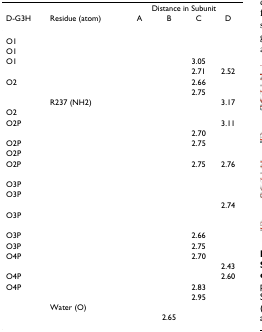
<table><thead><tr><td>[EMPTY_CELL]</td><td>[EMPTY_CELL]</td><td colspan="4"><b>Distance in Subunit</b></td></tr><tr><td><b>D-G3H</b></td><td><b>Residue (atom)</b></td><td><b>A</b></td><td><b>B</b></td><td><b>C</b></td><td><b>D</b></td></tr></thead><tbody><tr><td>O1</td><td>[EMPTY_CELL]</td><td>[EMPTY_CELL]</td><td>[EMPTY_CELL]</td><td>[EMPTY_CELL]</td><td>[EMPTY_CELL]</td></tr><tr><td>O1</td><td>[EMPTY_CELL]</td><td>[EMPTY_CELL]</td><td>[EMPTY_CELL]</td><td>[EMPTY_CELL]</td><td>[EMPTY_CELL]</td></tr><tr><td>O1</td><td>[EMPTY_CELL]</td><td>[EMPTY_CELL]</td><td>[EMPTY_CELL]</td><td>3.05</td><td>[EMPTY_CELL]</td></tr><tr><td>[EMPTY_CELL]</td><td>[EMPTY_CELL]</td><td>[EMPTY_CELL]</td><td>[EMPTY_CELL]</td><td>2.71</td><td>2.52</td></tr><tr><td>O2</td><td>[EMPTY_CELL]</td><td>[EMPTY_CELL]</td><td>[EMPTY_CELL]</td><td>2.66</td><td>[EMPTY_CELL]</td></tr><tr><td>[EMPTY_CELL]</td><td>[EMPTY_CELL]</td><td>[EMPTY_CELL]</td><td>[EMPTY_CELL]</td><td>2.75</td><td>[EMPTY_CELL]</td></tr><tr><td>[EMPTY_CELL]</td><td>R237 (NH2)</td><td>[EMPTY_CELL]</td><td>[EMPTY_CELL]</td><td>[EMPTY_CELL]</td><td>3.17</td></tr><tr><td>O2</td><td>[EMPTY_CELL]</td><td>[EMPTY_CELL]</td><td>[EMPTY_CELL]</td><td>[EMPTY_CELL]</td><td>[EMPTY_CELL]</td></tr><tr><td>O2P</td><td>[EMPTY_CELL]</td><td>[EMPTY_CELL]</td><td>[EMPTY_CELL]</td><td>[EMPTY_CELL]</td><td>3.11</td></tr><tr><td>[EMPTY_CELL]</td><td>[EMPTY_CELL]</td><td>[EMPTY_CELL]</td><td>[EMPTY_CELL]</td><td>2.70</td><td>[EMPTY_CELL]</td></tr><tr><td>O2P</td><td>[EMPTY_CELL]</td><td>[EMPTY_CELL]</td><td>[EMPTY_CELL]</td><td>2.75</td><td>[EMPTY_CELL]</td></tr><tr><td>O2P</td><td>[EMPTY_CELL]</td><td>[EMPTY_CELL]</td><td>[EMPTY_CELL]</td><td>[EMPTY_CELL]</td><td>[EMPTY_CELL]</td></tr><tr><td>O2P</td><td>[EMPTY_CELL]</td><td>[EMPTY_CELL]</td><td>[EMPTY_CELL]</td><td>2.75</td><td>2.76</td></tr><tr><td>[EMPTY_CELL]</td><td>[EMPTY_CELL]</td><td>[EMPTY_CELL]</td><td>[EMPTY_CELL]</td><td>[EMPTY_CELL]</td><td>[EMPTY_CELL]</td></tr><tr><td>O3P</td><td>[EMPTY_CELL]</td><td>[EMPTY_CELL]</td><td>[EMPTY_CELL]</td><td>[EMPTY_CELL]</td><td>[EMPTY_CELL]</td></tr><tr><td>O3P</td><td>[EMPTY_CELL]</td><td>[EMPTY_CELL]</td><td>[EMPTY_CELL]</td><td>[EMPTY_CELL]</td><td>[EMPTY_CELL]</td></tr><tr><td>[EMPTY_CELL]</td><td>[EMPTY_CELL]</td><td>[EMPTY_CELL]</td><td>[EMPTY_CELL]</td><td>[EMPTY_CELL]</td><td>2.74</td></tr><tr><td>O3P</td><td>[EMPTY_CELL]</td><td>[EMPTY_CELL]</td><td>[EMPTY_CELL]</td><td>[EMPTY_CELL]</td><td>[EMPTY_CELL]</td></tr><tr><td>[EMPTY_CELL]</td><td>[EMPTY_CELL]</td><td>[EMPTY_CELL]</td><td>[EMPTY_CELL]</td><td>[EMPTY_CELL]</td><td>[EMPTY_CELL]</td></tr><tr><td>O3P</td><td>[EMPTY_CELL]</td><td>[EMPTY_CELL]</td><td>[EMPTY_CELL]</td><td>2.66</td><td>[EMPTY_CELL]</td></tr><tr><td>O3P</td><td>[EMPTY_CELL]</td><td>[EMPTY_CELL]</td><td>[EMPTY_CELL]</td><td>2.75</td><td>[EMPTY_CELL]</td></tr><tr><td>O4P</td><td>[EMPTY_CELL]</td><td>[EMPTY_CELL]</td><td>[EMPTY_CELL]</td><td>2.70</td><td>[EMPTY_CELL]</td></tr><tr><td>[EMPTY_CELL]</td><td>[EMPTY_CELL]</td><td>[EMPTY_CELL]</td><td>[EMPTY_CELL]</td><td>[EMPTY_CELL]</td><td>2.43</td></tr><tr><td>O4P</td><td>[EMPTY_CELL]</td><td>[EMPTY_CELL]</td><td>[EMPTY_CELL]</td><td>[EMPTY_CELL]</td><td>2.60</td></tr><tr><td>O4P</td><td>[EMPTY_CELL]</td><td>[EMPTY_CELL]</td><td>[EMPTY_CELL]</td><td>2.83</td><td>[EMPTY_CELL]</td></tr><tr><td>[EMPTY_CELL]</td><td>[EMPTY_CELL]</td><td>[EMPTY_CELL]</td><td>[EMPTY_CELL]</td><td>2.95</td><td>[EMPTY_CELL]</td></tr><tr><td>[EMPTY_CELL]</td><td>Water (O)</td><td>[EMPTY_CELL]</td><td>[EMPTY_CELL]</td><td>[EMPTY_CELL]</td><td>[EMPTY_CELL]</td></tr><tr><td>[EMPTY_CELL]</td><td>[EMPTY_CELL]</td><td>[EMPTY_CELL]</td><td>2.65</td><td>[EMPTY_CELL]</td><td>[EMPTY_CELL]</td></tr></tbody></table>